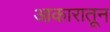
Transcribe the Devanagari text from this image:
आकारातून